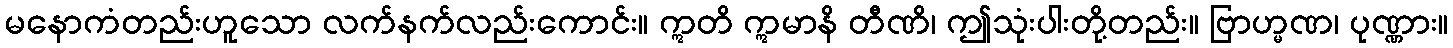
မနောကံတည်းဟူသော လက်နက်လည်းကောင်း။ ဣတိ ဣမာနိ တီဏိ၊ ဤသုံးပါးတို့တည်း။ ဗြာဟ္မဏ၊ ပုဏ္ဏား။